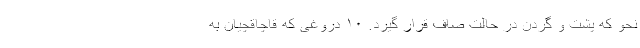
نحو که پشت و گردن در حالت صاف قرار گیرد. ۱۰ دروغی که قاچاقچیان به